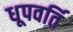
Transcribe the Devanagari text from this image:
धूपवर्ति